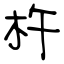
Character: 杵